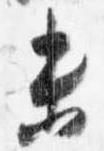
未